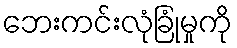
ဘေးကင်းလုံခြုံမှုကို